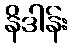
နိဒါန်း